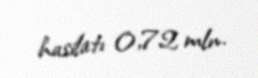
hasilatı 0,72 mln.